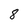
Character: 8